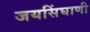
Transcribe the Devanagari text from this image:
जयसिंघाणी